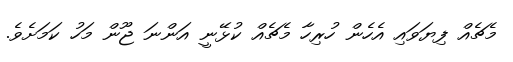
މެޗެއް ފިޔަވައި އެހެން ހުރިހާ މެޗެއް ކުޅޭނީ އަންނަ ޖޫން މަހު ކަމަށެވެ.